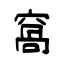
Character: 窩